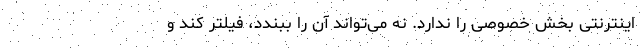
اینترنتی بخش خصوصی را ندارد. نه می‌تواند آن را ببندد، فیلتر کند و